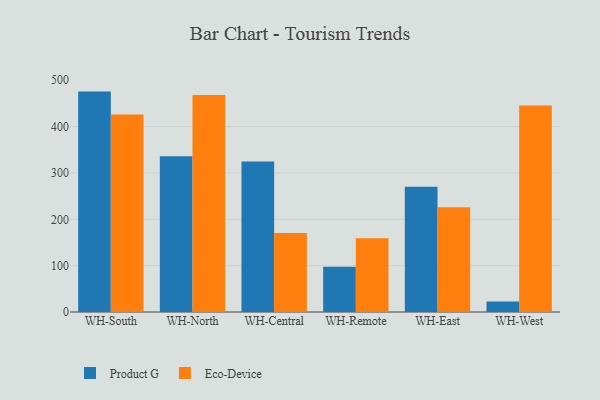
{"axis": {"x": "Warehouse", "y": "Website Visitors"}, "legend": ["Eco-Device", "Product G"], "data": [{"x": "WH-South", "y": 475.6, "type": "Product G"}, {"x": "WH-South", "y": 426.0, "type": "Eco-Device"}, {"x": "WH-North", "y": 336.2, "type": "Product G"}, {"x": "WH-North", "y": 468.0, "type": "Eco-Device"}, {"x": "WH-Central", "y": 324.7, "type": "Product G"}, {"x": "WH-Central", "y": 170.4, "type": "Eco-Device"}, {"x": "WH-Remote", "y": 97.8, "type": "Product G"}, {"x": "WH-Remote", "y": 159.2, "type": "Eco-Device"}, {"x": "WH-East", "y": 270.2, "type": "Product G"}, {"x": "WH-East", "y": 226.1, "type": "Eco-Device"}, {"x": "WH-West", "y": 22.5, "type": "Product G"}, {"x": "WH-West", "y": 445.5, "type": "Eco-Device"}]}